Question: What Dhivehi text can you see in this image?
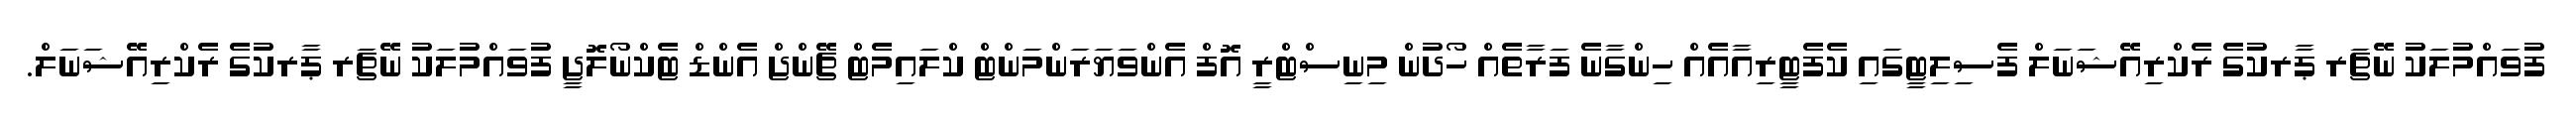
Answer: ފުވައްމުލަކު ނޭޗަރ ޕާރކުގެ ރެކްރިއޭޝަނަލް ފެސިލިޓީގައި ކެފެޓީރިއާއެއް ހިންގާނެ ފަރާތެއް ހޯދުން މިނިސްޓްރީ އޮފް އެންވަޔަރަންމަންޓް ކްލައިމެޓް ޗޭންޖް އެންޑް ޓެކްނޯލޮޖީ ފުވައްމުލަކު ނޭޗަރ ޕާރކުގެ ރެކްރިއޭޝަނަލް.